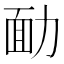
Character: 勔